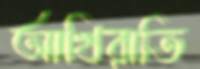
আখিরাতি